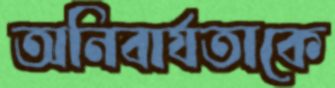
অনিবার্যতাকে